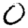
Digit: 0